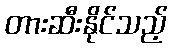
တားဆီးနိုင်သည့်